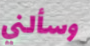
وسألني